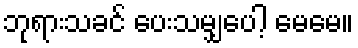
ဘုရားသခင် ပေးသမျှပေါ့ မေမေ။